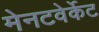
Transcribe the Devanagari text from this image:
मेनटवेर्केट